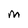
Character: M